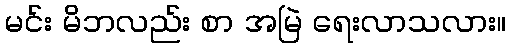
မင်း မိဘလည်း စာ အမြဲ ရေးလာသလား။